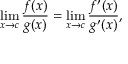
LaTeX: \operatorname* { l i m } _ { x \to c } { \frac { f ( x ) } { g ( x ) } } = \operatorname* { l i m } _ { x \to c } { \frac { f ^ { \prime } ( x ) } { g ^ { \prime } ( x ) } } ,